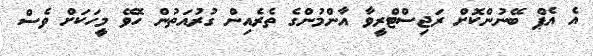
އެ އެޕް ބޭނުންކޮށް ރަޖިސްޓްރީވާ އާންމުންގެ ތެރެއިން ގުރުއަތުން ހޮވޭ މީހަކަށް ވެސް